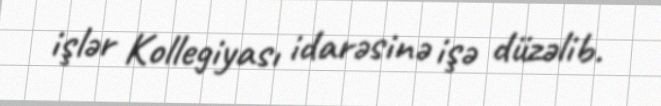
işlər Kollegiyası idarəsinə işə düzəlib.